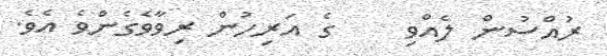
ރުއްސުން ލެއްވި    ގެ އަރިހުން ރިވާވެގެންވެ އެވެ.